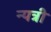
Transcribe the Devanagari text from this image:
न्यत्री